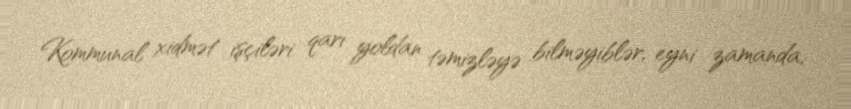
Kommunal xidmət işçiləri qarı yoldan təmizləyə bilməyiblər, eyni zamanda,